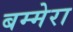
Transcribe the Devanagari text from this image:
बम्मेरा